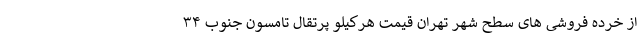
از خرده فروشی های سطح شهر تهران قیمت هرکیلو پرتقال تامسون جنوب ۳۴